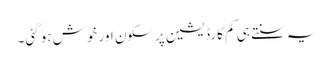
یہ سنتے ہی کم کارڈیشین پرسکون اور خوش ہو گئی۔